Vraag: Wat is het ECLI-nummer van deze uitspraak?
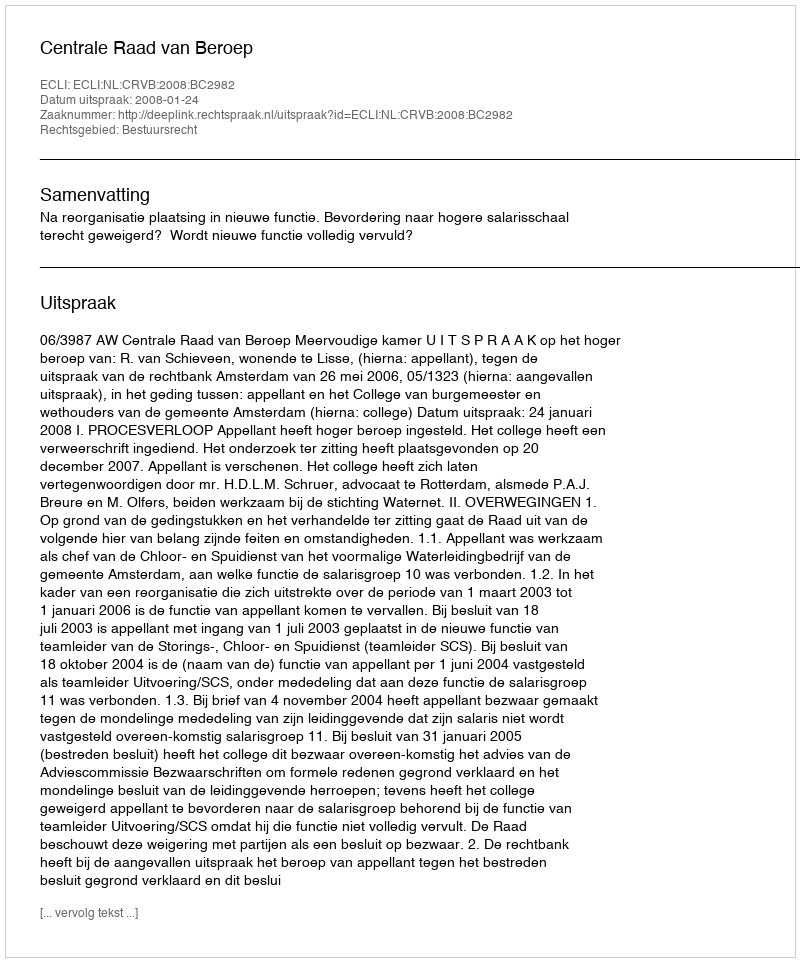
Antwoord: ECLI:NL:CRVB:2008:BC2982